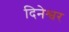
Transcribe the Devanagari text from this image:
दिनेश्वर